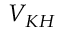
V _ { K H }